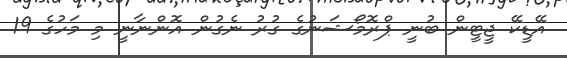
އޭޑީކޭ ޖީޓީން ބުނީ ޕްރޮމޯޝަނުގެ ގުރު ނެގުން އޮންނާނީ މި މަހުގެ 19